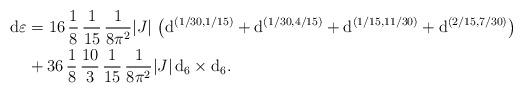
LaTeX: \begin{align*}\mathrm{d}\varepsilon &= 16 \, \frac{1}{8} \, \frac{1}{15} \, \frac{1}{8\pi^2} |J| \, \left( \mathrm{d}^{(1/30,1/15)} + \mathrm{d}^{(1/30,4/15)} + \mathrm{d}^{(1/15,11/30)} + \mathrm{d}^{(2/15,7/30)} \right) \\& + 36 \, \frac{1}{8} \, \frac{10}{3} \, \frac{1}{15} \, \frac{1}{8\pi^2} |J| \, \mathrm{d}_6 \times \mathrm{d}_6.\end{align*}